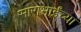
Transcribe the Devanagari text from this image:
साराभाईंच्या